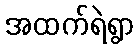
အထက်ရဲရွာ